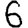
Digit: 6